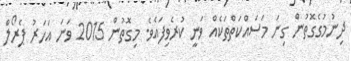
ދިނުމުގެގޮތުން ގިނަ މަސައްކަތްތަކެއް ވަނީ ކުރެވިފައެވެ. މިގޮތުން 2015 ވަނަ އަހަރު ޕެރޯލް